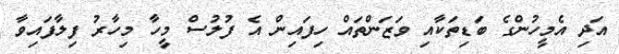
އަދި އެމީހުންގެ ބަޑިތަކާއި ވަޒަންތައް ހިފައިން އެ ފުލުސް މީހާ މިހާރު ފިލާފައިވާ